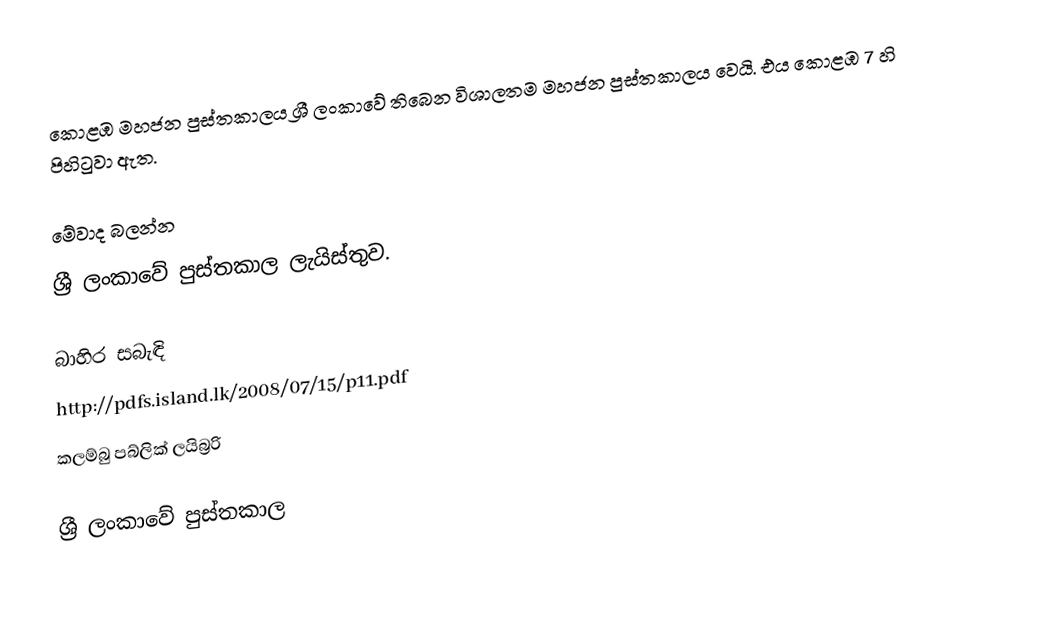
කොළඹ මහජන පුස්තකාලය ශ්‍රී ලංකාවේ තිබෙන විශාලතම මහජන පුස්තකාලය වෙයි. එය කොළඹ 7 හි පිහිටුවා ඇත.

මේවාද බලන්න
 ශ්‍රී ලංකාවේ පුස්තකාල ලැයිස්තුව.

බාහිර සබැඳි
http://pdfs.island.lk/2008/07/15/p11.pdf
 කලම්බු පබ්ලික් ලයිබ්‍රරි

ශ්‍රී ලංකාවේ පුස්තකාල